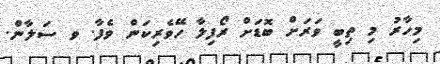
މިހާރު މި ތިބީ ވަރަށް ބޮޑަށް ރޯފިލާ ހޭވެރިކަން ވެފާ. ވ ސަލާން.